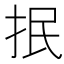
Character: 抿